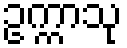
ဥက္ကာသု